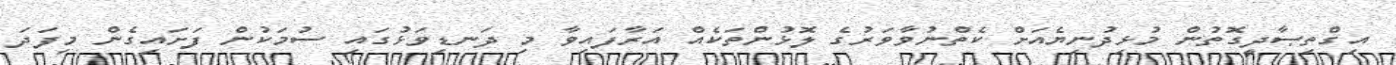
އިގްތިޞާދީގޮތުން މުޅިދުނިޔެއަށް ކެތްނުވާވަރުގެ ލޮޅުންތަކެއް އަރާފައިވާ މި ދަނޑިވަޅުގައި ސުމަކުން ފަށައިގެން މިފަދަ